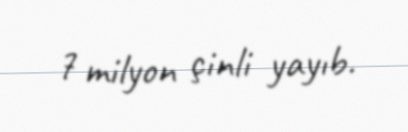
7 milyon çinli yayıb.